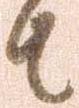
者